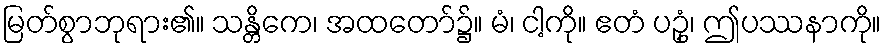
မြတ်စွာဘုရား၏။ သန္တိကေ၊ အထတော်၌။ မံ၊ ငါ့ကို။ ဧတံ ပဥှံ၊ ဤပဿနာကို။